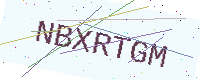
Text: NBXRTGM